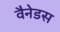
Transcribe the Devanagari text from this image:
वैनेडस